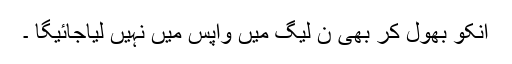
انکو بھول کر بھی ن لیگ میں واپس میں نہیں لیاجائیگا ۔